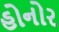
હોનોર